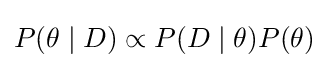
P(\theta \mid D)\propto P(D\mid \theta )P(\theta )